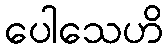
ပေါသေဟိ